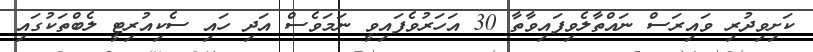
ކަށިވިދުރި ވައިރަސް ނައްތާލެވިފައިވާތާ 30 އަހަރުވެފައިވީ ނަމަވެސް އަދި ހައި ސެކިއުރިޓީ ލެބްތަކުގައި